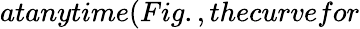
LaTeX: atanytime(Fig.,thecurvefor